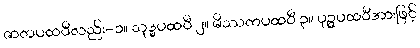
ဇာတပထဝီလည်း-၁။ သုဒ္ဓပထဝီ ၂။ မိဿကပထဝီ ၃။ ပုဉ္ဇပထဝီအားဖြင့်